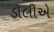
ડૉલીએ